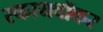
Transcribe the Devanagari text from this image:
स्कायवॉकर